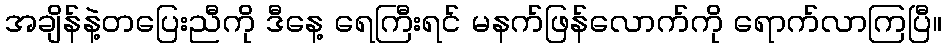
အချိန်နဲ့တပြေးညီကို ဒီနေ့ ရေကြီးရင် မနက်ဖြန်လောက်ကို ရောက်လာကြပြီ။